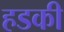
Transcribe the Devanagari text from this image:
हडकी